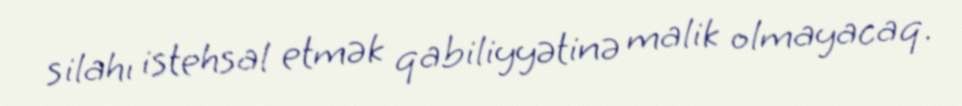
silahı istehsal etmək qabiliyyətinə malik olmayacaq.